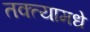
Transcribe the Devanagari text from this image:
तक्त्यामधे